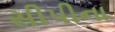
સીપીના